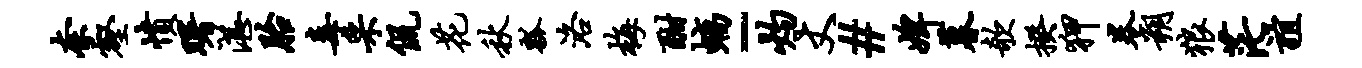
奈壑愤曙湛胎毒采侃花秋瓢洛梅酣螭-灼丈#婢暮欹揆狎卷朔狼茫谊